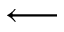
\longleftarrow